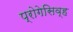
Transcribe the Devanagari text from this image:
प्रोगेसिव्ह